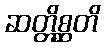
ဆတ္တိစ္ဆတိ